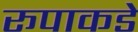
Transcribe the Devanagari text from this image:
रूपाकडे